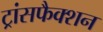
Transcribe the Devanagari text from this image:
ट्रांसफैक्शन